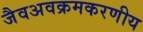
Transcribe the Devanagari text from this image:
जैवअवक्रमकरणीय